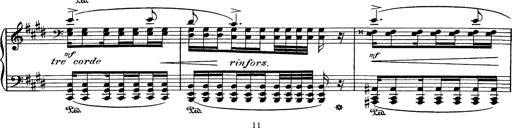
Title: Hungarian Rhapsody No.1
Composer: Franz Liszt
Key: C-sharp minor